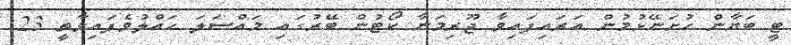
ޓީ ބަޔާން ހުށަނޭޅުމުން އަރައިފައިވާ ޖޫރިމަނާ ކޯޓުން ބޭރުގައި މައްސަލަ ހައްލުވެފައިވާތީ 23